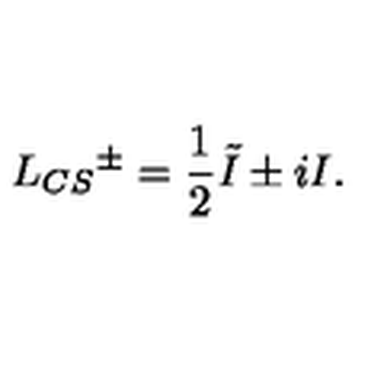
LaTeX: L _ { C S } { ^ { \pm } } = { \frac { 1 } { 2 } } \tilde { I } \pm i I .